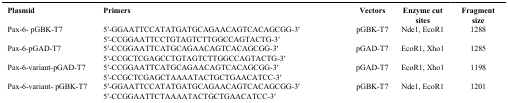
| Plasmid | Primers | Vectors | Enzyme cut sites | Fragment size |
 | --- | --- | --- | --- | --- |
 | Pax-6- pGBK-T7 | 5′-GGAATTCCATATGATGCAGAACAGTCACAGCGG-3′ | pGBK-T7 | Nde1, EcoR1 | 1288 |
 |  | 5′-CCGGAATTCCTGTAGTCTTGGCCAGTACTG-3′ |  |  |  |
 | Pax-6-pGAD-T7 | 5′-CCGGAATTCATGCAGAACAGTCACAGCGG-3′ | pGAD-T7 | EcoR1, Xho1 | 1285 |
 |  | 5′-CCGCTCGAGCCTGTAGTCTTGGCCAGTACTG-3′ |  |  |  |
 | Pax-6-variant-pGAD-T7 | 5′-CCGGAATTCATGCAGAACAGTCACAGCGG-3′ | pGAD-T7 | EcoR1, Xho1 | 1198 |
 |  | 5′-CCGCTCGAGCTAAAATACTGCTGAACATCC-3′ |  |  |  |
 | Pax-6-variant- pGBK-T7 | 5′-GGAATTCCATATGATGCAGAACAGTCACAGCGG-3′ | pGBK-T7 | Nde1, EcoR1 | 1201 |
 |  | 5′-CCGGAATTCTAAAATACTGCTGAACATCC-3′ |  |  |  |